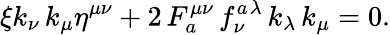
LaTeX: \xi k_{\nu}\, k_{\mu}\eta^{\mu\nu}+2\, F_{a}^{\mu\nu}\, f_{\nu}^{a}\mathrm{}^{\lambda}\, k_{\lambda}\, k_{\mu}=0.